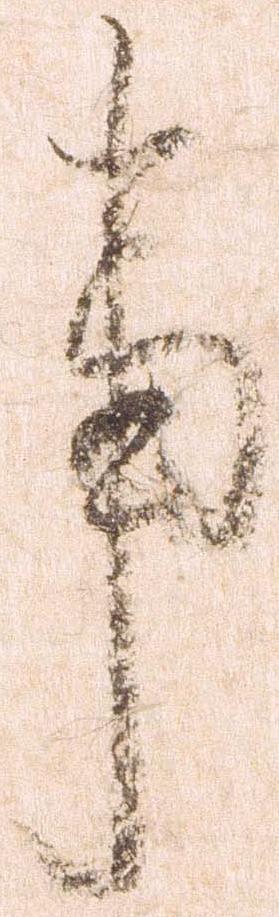
事